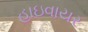
હાઇવાયર